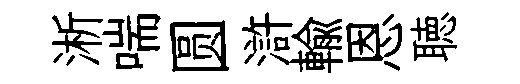
淅喘圆滸輸恩聴